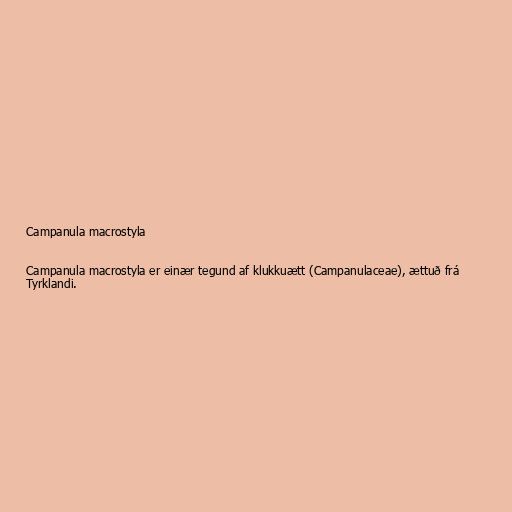
Campanula macrostyla

Campanula macrostyla er einær tegund af klukkuætt (Campanulaceae), ættuð frá
Tyrklandi.